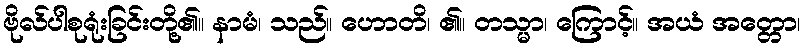
ဗိုလ်ပါစုရုံးခြင်းတို့၏။ နာမံ၊ သည်။ ဟောတိ၊ ၏။ တသ္မာ၊ ကြောင့်။ အယံ အတ္တော၊